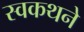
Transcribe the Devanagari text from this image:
स्वकथने